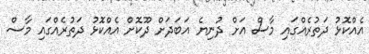
އެއްކޮޅު ދަތުރެއްގައި މާސް އަށް ދުނިޔެ އަބަދަށް ދޫކޮށް އެއްކޮޅު ދަތުރެއްގައި މާސް